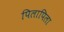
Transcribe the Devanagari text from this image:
पिलापिला